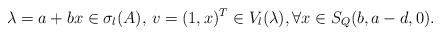
LaTeX: \begin{align*}\lambda=a+bx\in \sigma_l(A),\, v=(1,x)^T\in V_l(\lambda),\forall x\in S_Q(b,a-d,0).\end{align*}